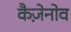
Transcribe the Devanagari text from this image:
कैज़ेनोव